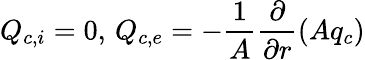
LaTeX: Q_{c,i}=0,\, Q_{c,e}=-\frac{1}{A}\frac{\partial}{\partial r}\left(Aq_{c}\right)